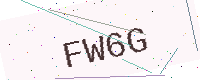
Text: FW6G